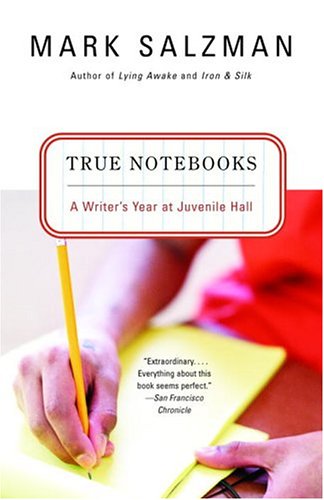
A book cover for True Notebooks: A Writer's Year at Juvenile Hall; Mark Salzman; Politics & Social Sciences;